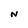
Character: N